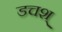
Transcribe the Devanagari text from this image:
डचश्